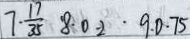
7 . \frac { 1 7 } { 3 5 } 8 \cdot 0 . 2 \cdot 9 . 0 \cdot 7 5